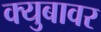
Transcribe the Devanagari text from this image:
क्युबावर